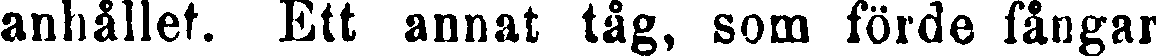
anhållet. Ett annat tåg, som förde fångar